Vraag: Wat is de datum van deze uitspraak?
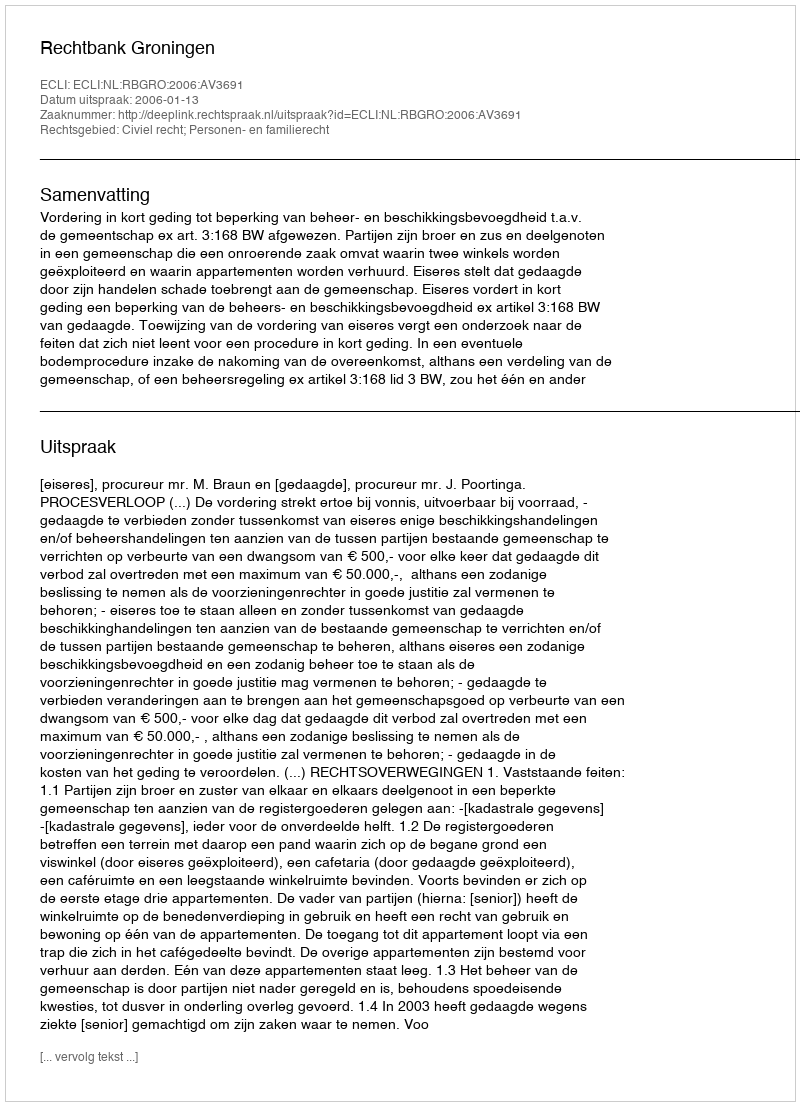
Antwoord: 2006-01-13